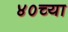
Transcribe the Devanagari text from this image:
४०च्या